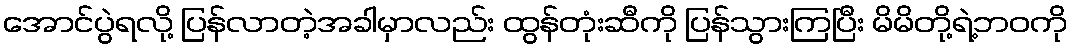
အောင်ပွဲရလို့ ပြန်လာတဲ့အခါမှာလည်း ထွန်တုံးဆီကို ပြန်သွားကြပြီး မိမိတို့ရဲ့ဘဝကို